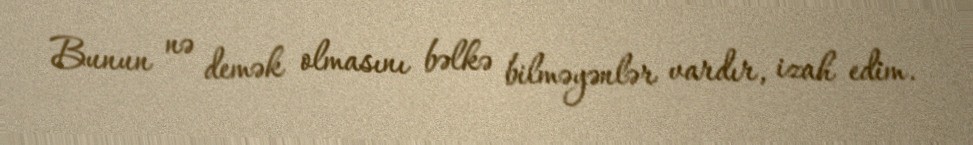
Bunun nə demək olmasını bəlkə bilməyənlər vardır, izah edim.